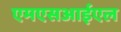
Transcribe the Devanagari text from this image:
एमएसआईएल